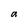
Character: a